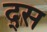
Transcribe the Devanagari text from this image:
द्स